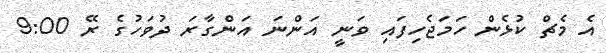
އެ މެޗް ކުޅެން ހަމަޖެހިފައި ވަނީ އަންނަ އަންގާރަ ދުވަހުގެ ރޭ 9:00